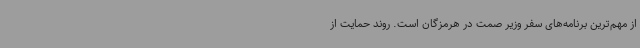
از مهم‌ترین برنامه‌های سفر وزیر صمت در هرمزگان است. روند حمایت از